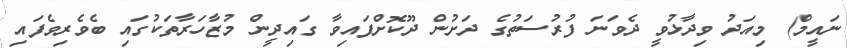
ނައީމް) މިއަދު ވިދާޅުވީ ދެވަނަ ފުރުސަތުގެ ދަށުން ދޫކޮށްފައިވާ ގައިދީން މުޒާހަރާތަކުގައި ބެވެރިވެފައި